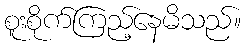
စူးစိုက်ကြည့်နေမိသည်။